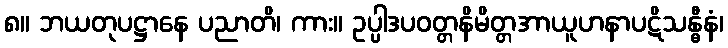
၈။ ဘယတုပဋ္ဌာနေ ပညာတိ၊ ကား။ ဥပ္ပါဒပဝတ္တနိမိတ္တအာယူဟနာပဋိသန္ဓီနံ၊